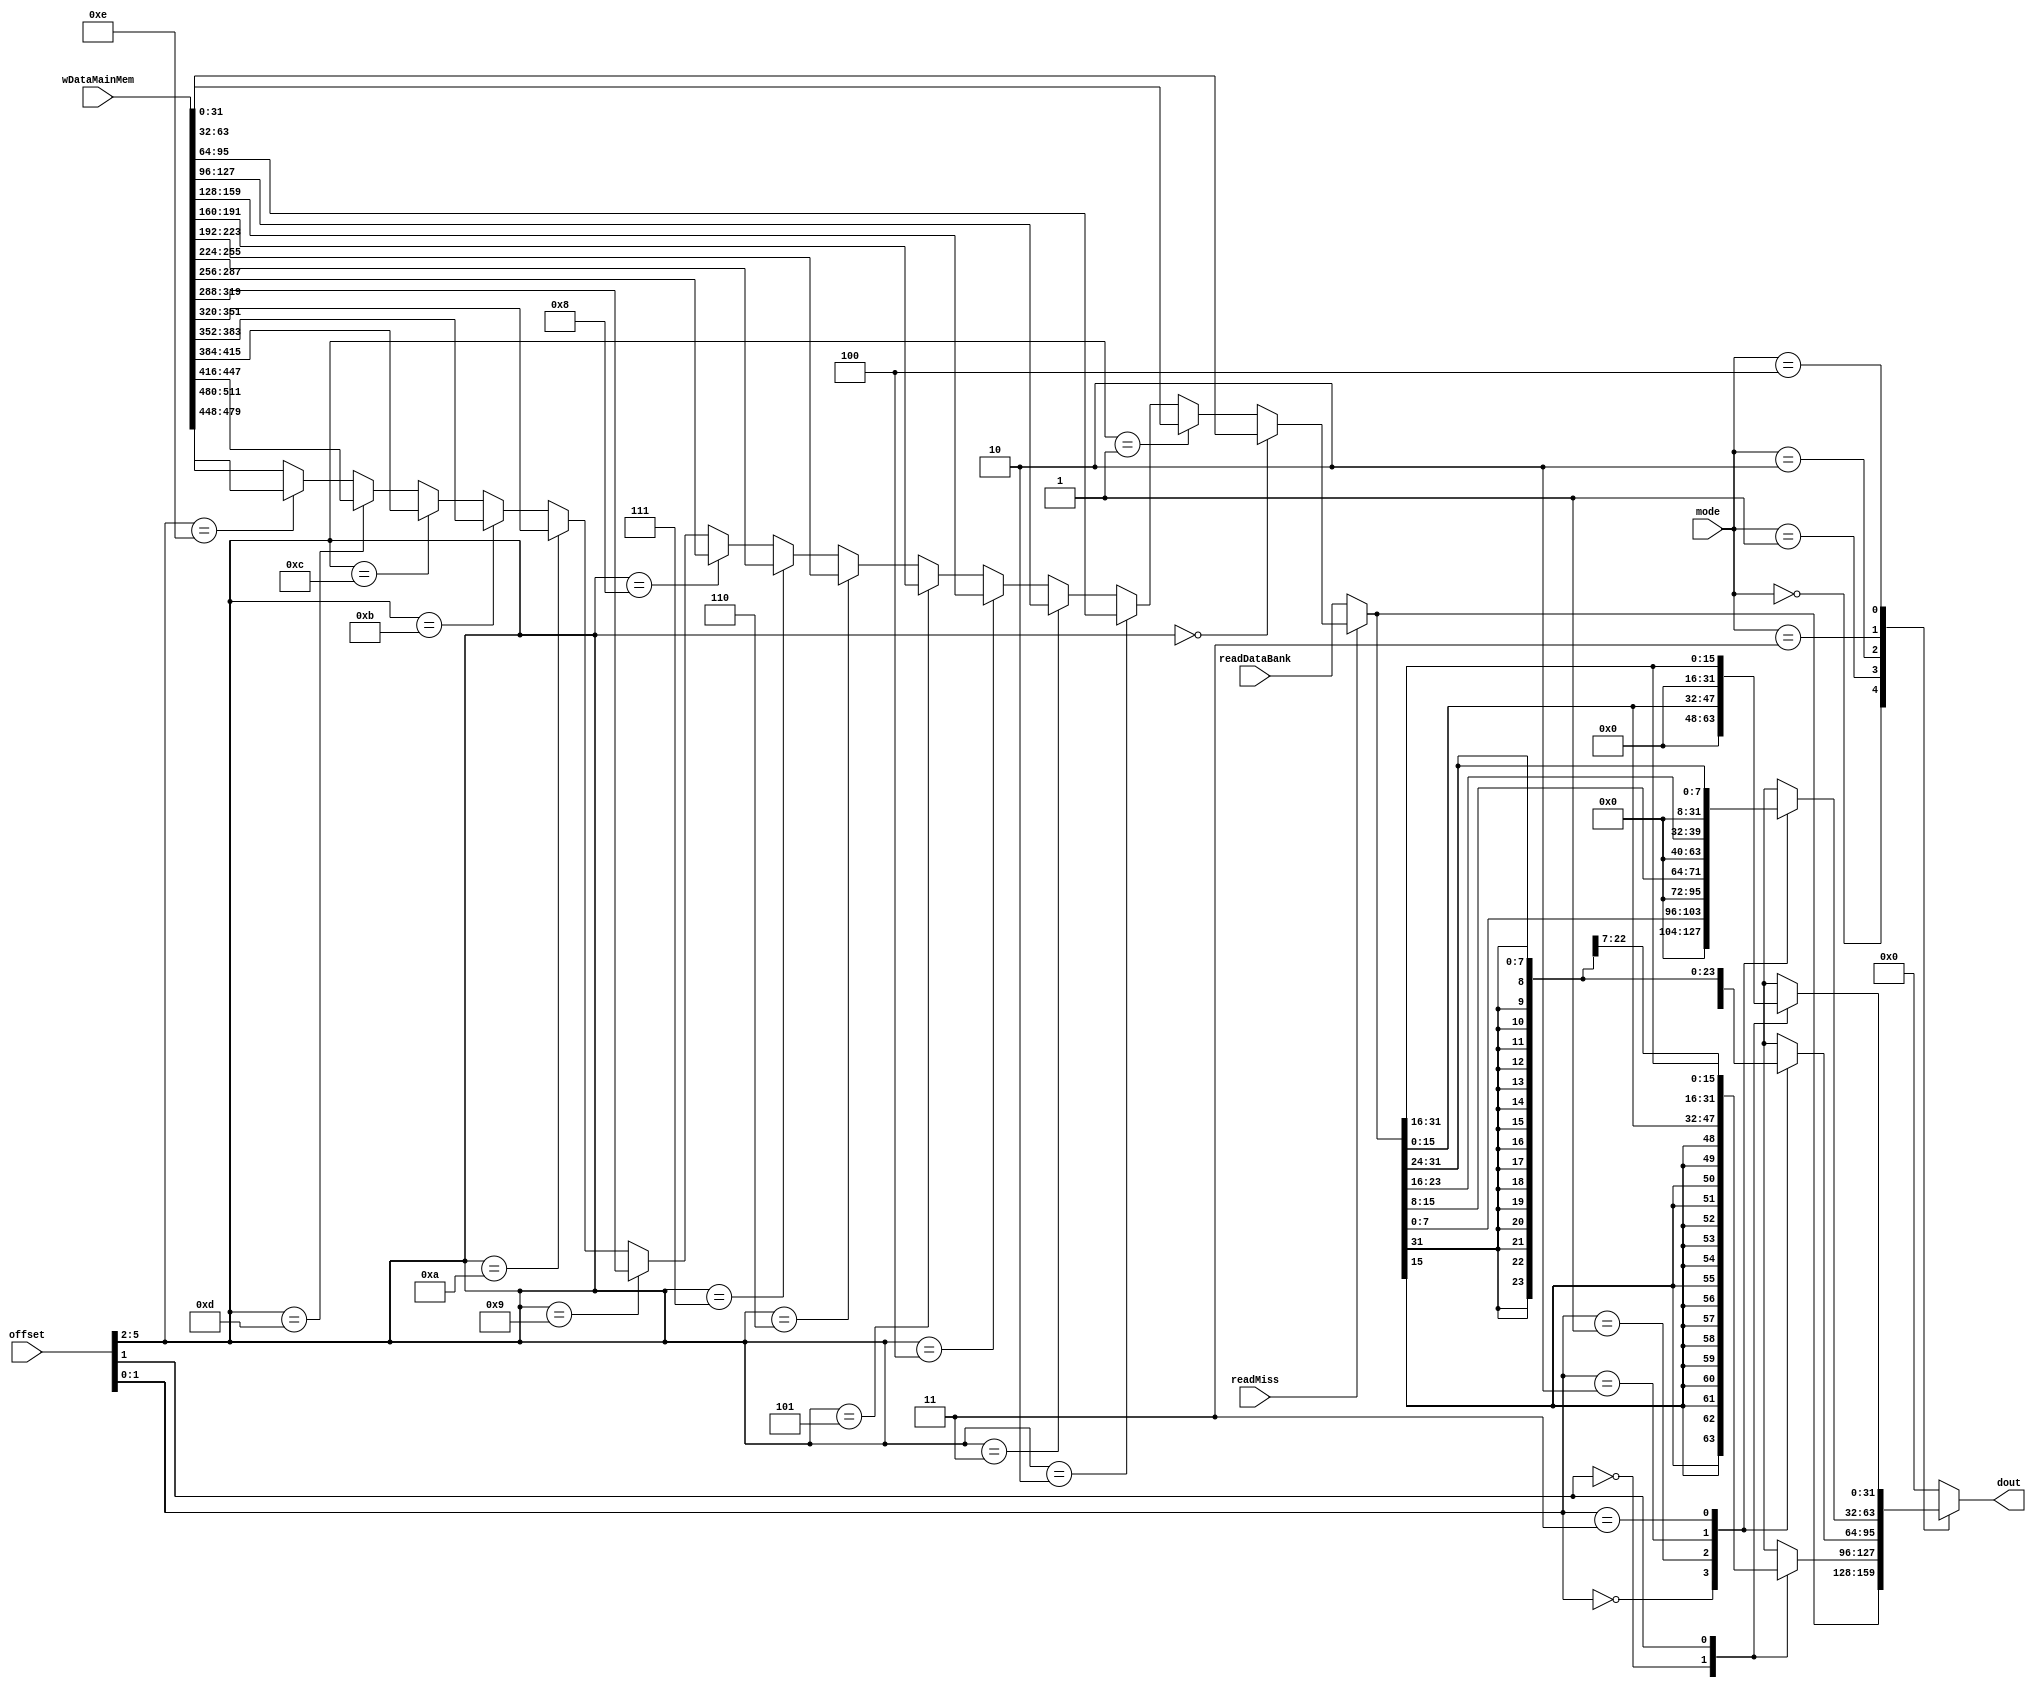

module readData (

input  [31:0] readDataBank,
input  [511:0] wDataMainMem,
input  [2:0]  mode,
input  [5:0]  offset,
input readMiss,
output reg [31:0] dout);

wire [7:0] byte;
wire [31:0]dataR;
wire [31:0]readDRam;

assign byte = (offset[1:0] == 2'd0) ? dataR[7:0]  :
			  (offset[1:0] == 2'd1) ? dataR[15:8] :
              (offset[1:0] == 2'd2) ? dataR[23:16]: dataR[31:24];

//incase of readmiss, readout will go directly to dout
assign readDRam = (offset[5:2]==4'd0) ? wDataMainMem[31:0]    :
				  (offset[5:2]==4'd1) ? wDataMainMem[63:32]   :
				  (offset[5:2]==4'd2) ? wDataMainMem[95:64]   :
				  (offset[5:2]==4'd3) ? wDataMainMem[127:96]  :
				  (offset[5:2]==4'd4) ? wDataMainMem[159:128] :
				  (offset[5:2]==4'd5) ? wDataMainMem[191:160] :
				  (offset[5:2]==4'd6) ? wDataMainMem[223:192] :
				  (offset[5:2]==4'd7) ? wDataMainMem[255:224] :
				  (offset[5:2]==4'd8) ? wDataMainMem[287:256] :
				  (offset[5:2]==4'd9) ? wDataMainMem[319:288] :
				  (offset[5:2]==4'd10)? wDataMainMem[351:320] :
				  (offset[5:2]==4'd11)? wDataMainMem[383:352] :
				  (offset[5:2]==4'd12)? wDataMainMem[415:384] :
				  (offset[5:2]==4'd13)? wDataMainMem[447:416] :
				  (offset[5:2]==4'd14)? wDataMainMem[479:448] : wDataMainMem[511:480];


assign dataR = readMiss ? readDRam :readDataBank; //select between processor data and Main Ram data

always@(*)
	begin
		case(mode)
		3'b000:	dout = dataR; //lw
		3'b001:  //lh
			begin	
				case(offset[1])
				1'b0:dout = {{16{dataR[15]}},dataR[15:0]};
				1'b1:dout = {{16{dataR[31]}},dataR[31:16]};
				endcase
			end
		3'b010: //lb
			begin
				case(offset[1:0])
				2'b00:dout = {{24{dataR[7]}},dataR[7:0]};
				2'b01:dout = {{24{dataR[15]}},dataR[15:8]};
				2'b10:dout = {{24{dataR[23]}},dataR[23:16]};
				2'b11:dout = {{24{dataR[31]}},dataR[31:24]};
				endcase
			end

		3'b011: //lbu
			begin
				case(offset[1:0])
				2'b00:dout = {24'd0,dataR[7:0]};
				2'b01:dout = {24'd0,dataR[15:8]};
				2'b10:dout = {24'd0,dataR[23:16]};
				2'b11:dout = {24'd0,dataR[31:24]};
				endcase
			end
		3'b100:  //lhu
			begin
				case(offset[1])
				1'b0:dout = {16'd0,dataR[15:0]};
				1'b1:dout = {16'd0,dataR[31:16]};
				endcase
			end

		default:dout = {32{1'b0}};
		endcase
	end
endmodule